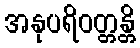
အနုပရိဝတ္တန္တိ